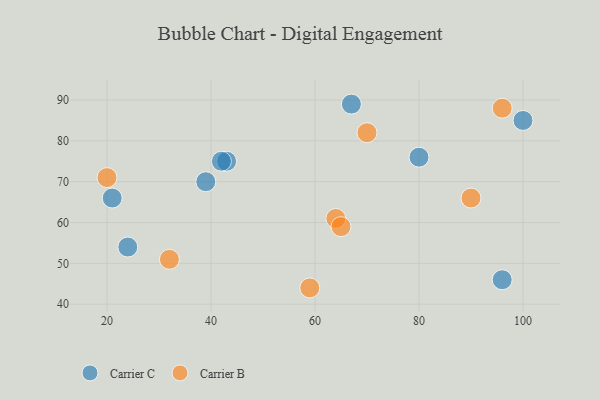
{"axis": {"x": "GDP", "y": "Life Expectancy"}, "legend": ["Carrier B", "Carrier C"], "data": [{"x": "100", "y": 85, "type": "Carrier C"}, {"x": "80", "y": 76, "type": "Carrier C"}, {"x": "39", "y": 70, "type": "Carrier C"}, {"x": "43", "y": 75, "type": "Carrier C"}, {"x": "42", "y": 75, "type": "Carrier C"}, {"x": "96", "y": 46, "type": "Carrier C"}, {"x": "21", "y": 66, "type": "Carrier C"}, {"x": "24", "y": 54, "type": "Carrier C"}, {"x": "67", "y": 89, "type": "Carrier C"}, {"x": "90", "y": 66, "type": "Carrier B"}, {"x": "64", "y": 61, "type": "Carrier B"}, {"x": "65", "y": 59, "type": "Carrier B"}, {"x": "70", "y": 82, "type": "Carrier B"}, {"x": "96", "y": 88, "type": "Carrier B"}, {"x": "32", "y": 51, "type": "Carrier B"}, {"x": "20", "y": 71, "type": "Carrier B"}, {"x": "59", "y": 44, "type": "Carrier B"}]}